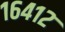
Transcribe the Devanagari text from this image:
१६४१२